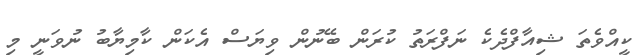
ކީއްވެތަ ޝިއާފްދެކެ ނަފްރަތު ކުރަން ބޭނުން ވިޔަސް އެކަން ކާމިޔާބު ނުވަނީ މި